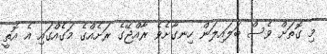
މި ގޮތަށް ވެސް ބަލައިލަން ހިނގާށެވެ ރާއްޖޭގެ ރަށެއްގެ މަގެއްގައި އެ އޮތީ